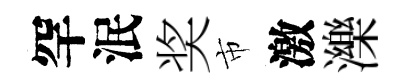
罕泯奖市激濼